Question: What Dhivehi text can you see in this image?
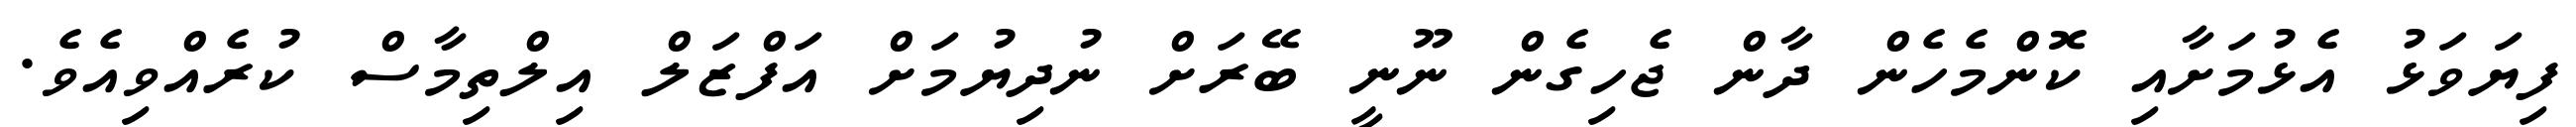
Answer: ފިޔަވަޅު އެޅުމަށާއި ކޮންމެހެން ދާން ޖެހިގެން ނޫނީ ބޭރަށް ނުދިޔުމަށް އަފްޒަލް އިލްތިމާސް ކުރެއްވިއެވެ.